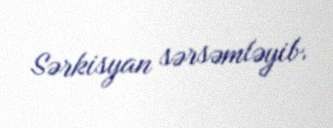
Sərkisyan sərsəmləyib.